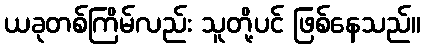
ယခုတစ်ကြိမ်လည်း သူတို့ပင် ဖြစ်နေသည်။